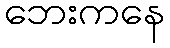
ဘေးကနေ